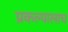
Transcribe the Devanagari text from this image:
प्रकल्पालाच